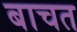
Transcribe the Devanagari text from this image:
बाचत